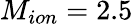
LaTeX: M_{ion}=2.5